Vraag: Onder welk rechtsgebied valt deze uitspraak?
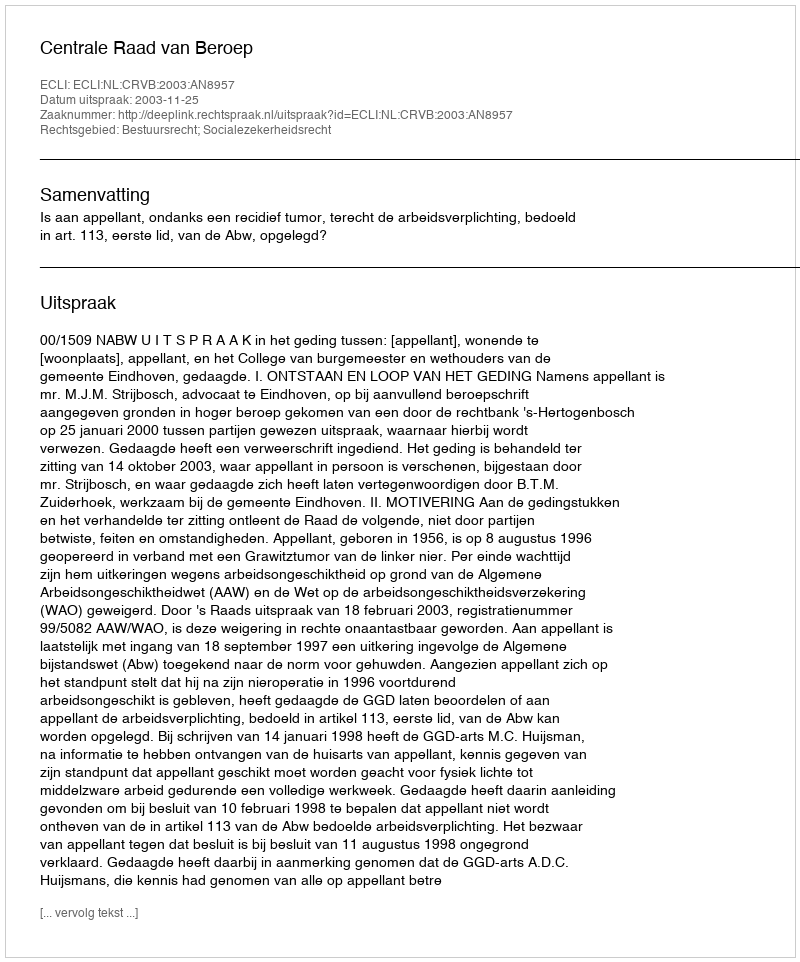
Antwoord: Bestuursrecht; Socialezekerheidsrecht